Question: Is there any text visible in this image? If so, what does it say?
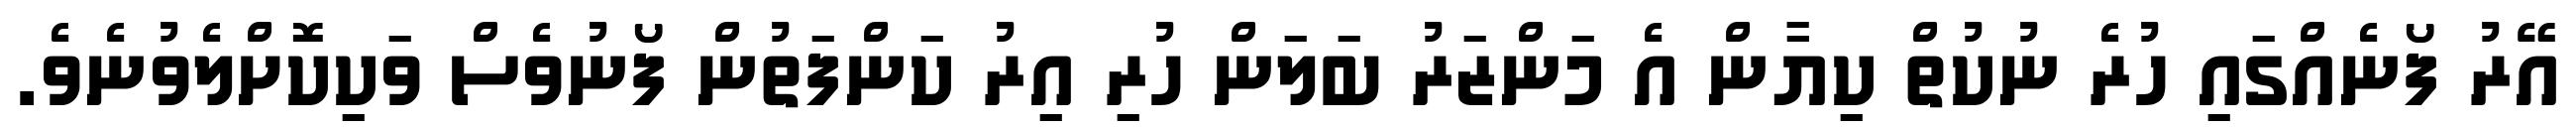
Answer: އޭރު ފޯނެއްގައި ހުރެ ނުކުތް ކިޔާން އެ މަންޒަރު ބަލަން ހުރި އިރު ކަންފަތުން ފޯނުވެސް ވަކިކޮށްލެވުނެވެ.